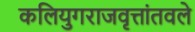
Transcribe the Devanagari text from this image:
कलियुगराजवृत्तांतवले